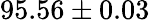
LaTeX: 95.56\pm 0.03